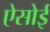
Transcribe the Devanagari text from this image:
ऐसोई